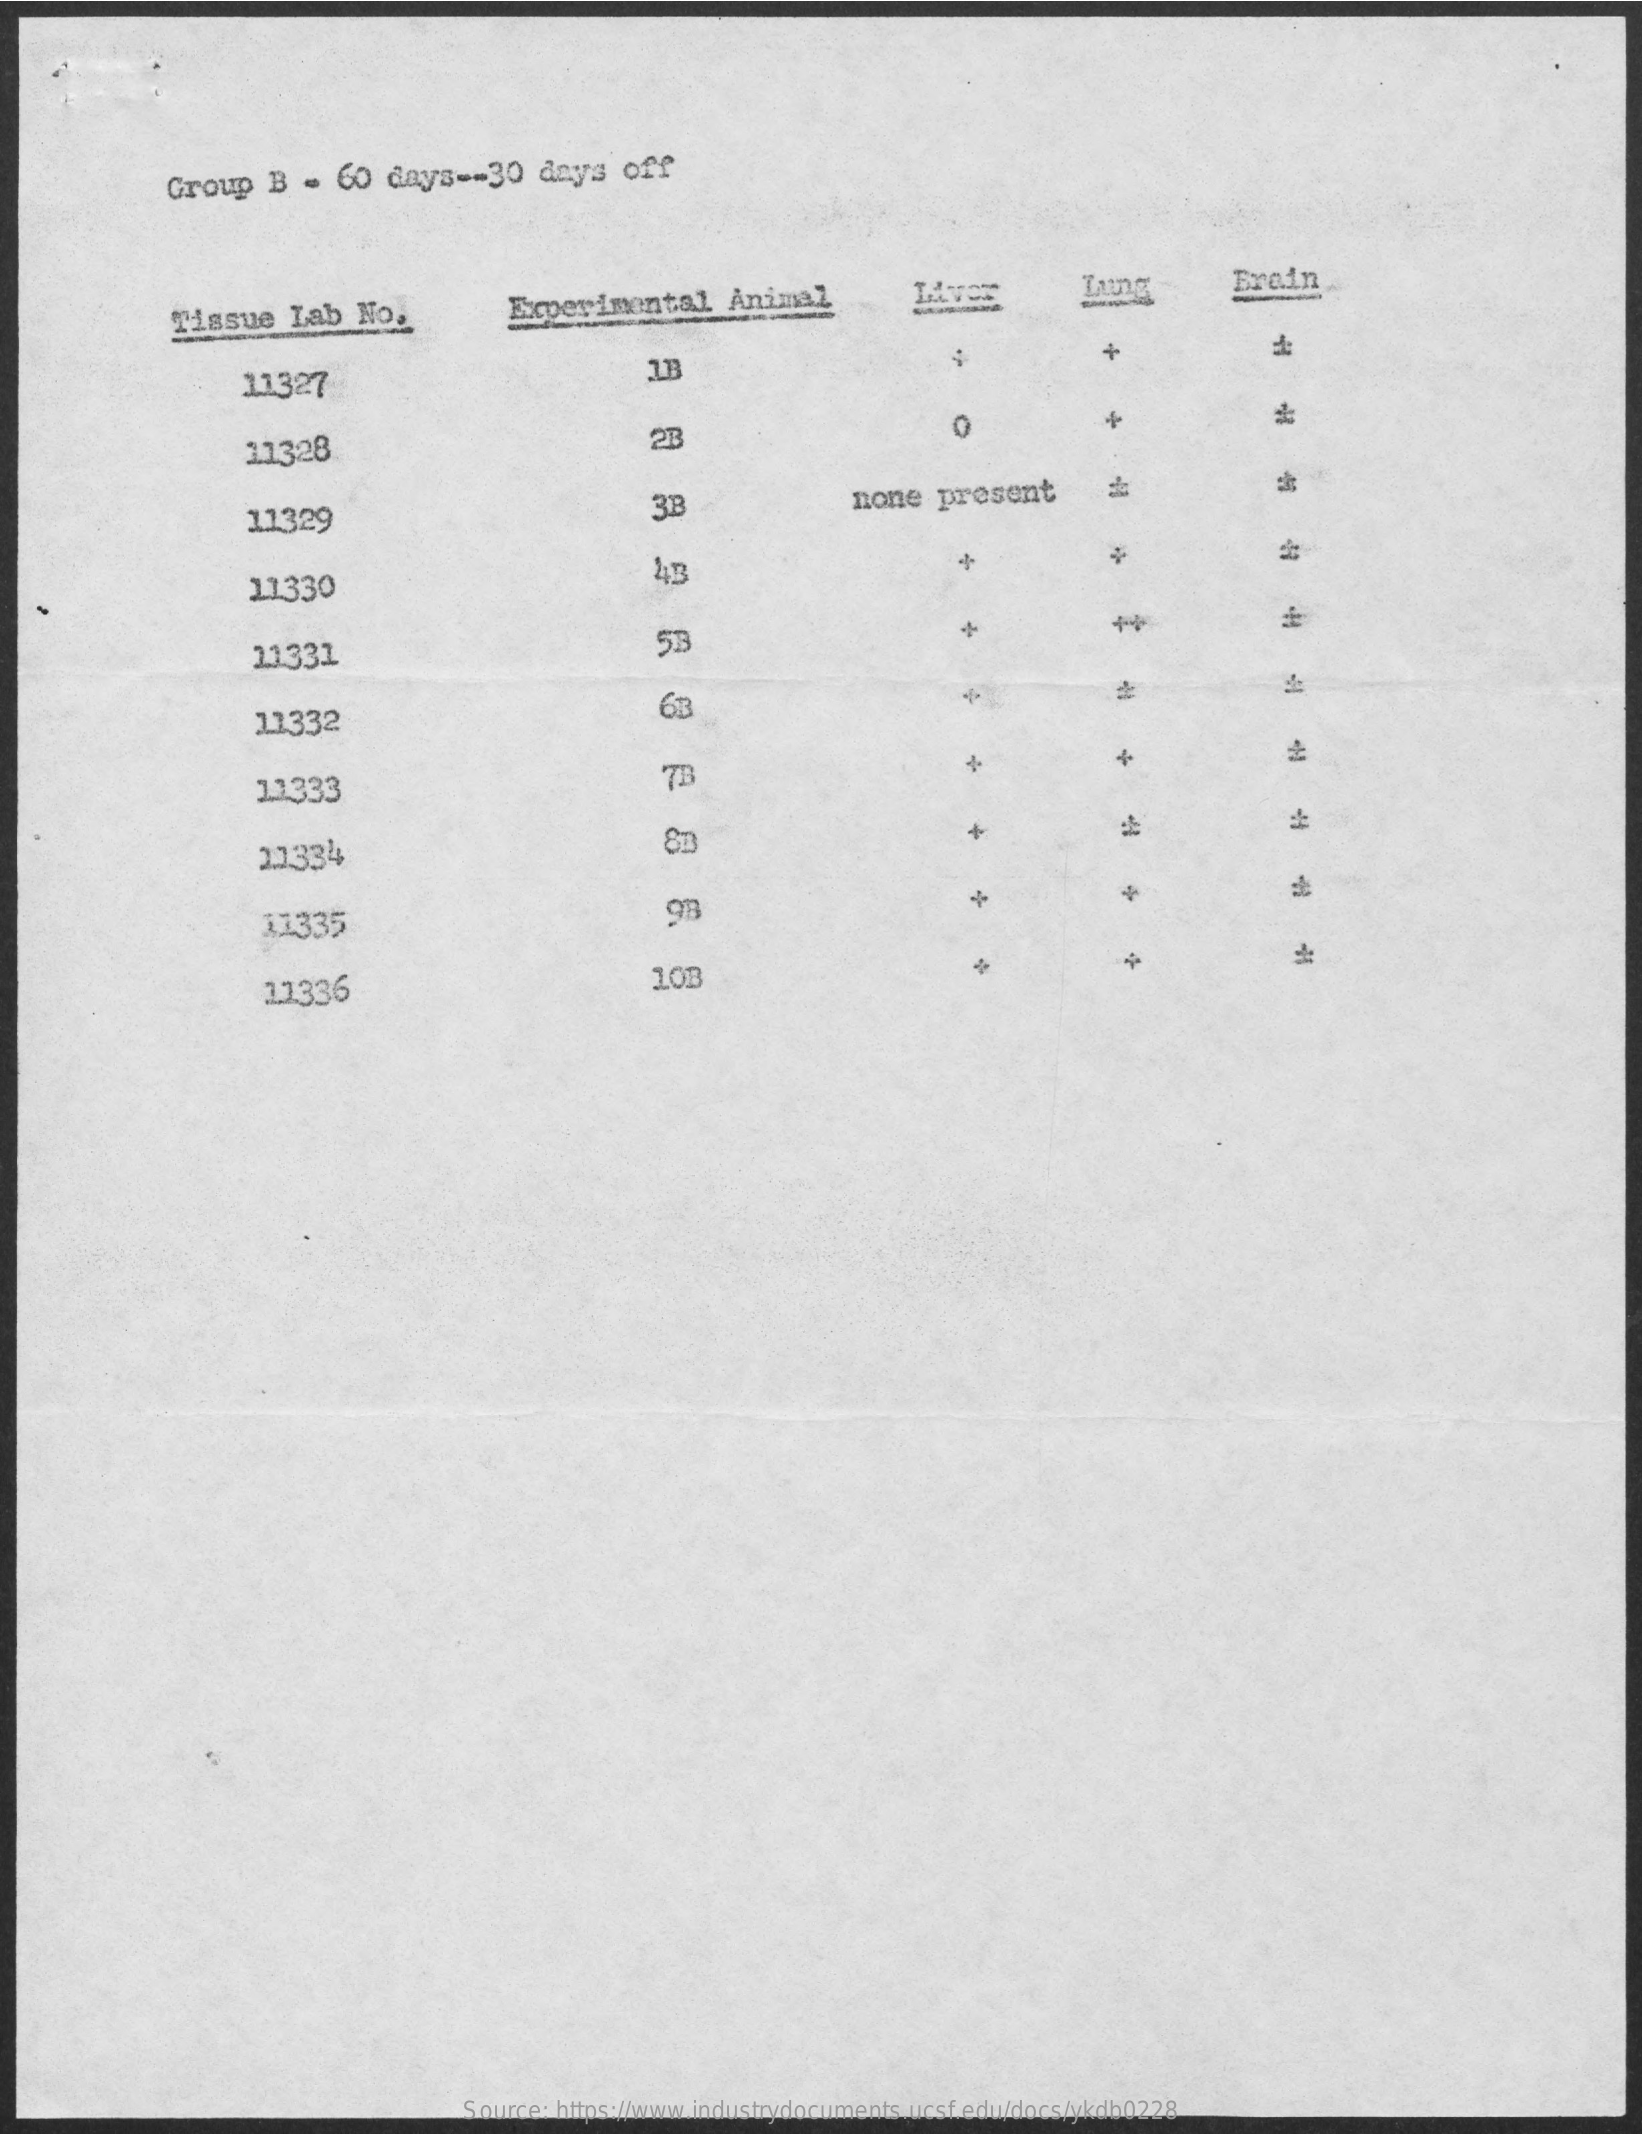
Group   B  -  60  days  -- 30 days   off
     Tissue    Lab  No.    Experimental    Animal    Laung    Erain
     11327
     1B
     +
     11328    2B
     11329
     none   present
     43
     4
     11330
     11331    53
     11332    63
     11333    73
     23334
     4
     11335    9B
     11336    10B
     Source: https://www.industrydocuments.ucsf.edu/docs/ykdb0228